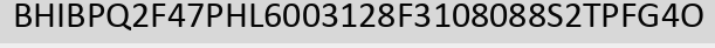
BHIBPQ2F47PHL6003128F3108088S2TPFG4O